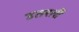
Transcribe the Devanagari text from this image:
उतरतीं